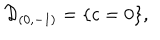
{ \cal D } _ { ( 0 , - 1 ) } = \{ c = 0 \} ,